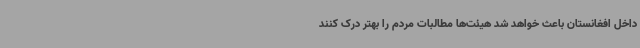
داخل افغانستان باعث خواهد شد هیئت‌ها مطالبات مردم را بهتر درک کنند